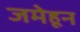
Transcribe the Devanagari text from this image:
जमेहून